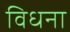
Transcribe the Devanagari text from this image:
विधना